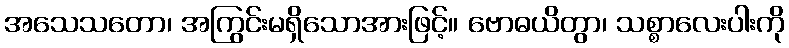
အသေသတော၊ အကြွင်းမရှိသောအားဖြင့်။ ဗောဓယိတွာ၊ သစ္စာလေးပါးကို